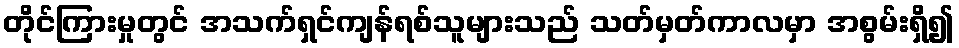
တိုင်ကြားမှုတွင် အသက်ရှင်ကျန်ရစ်သူများသည် သတ်မှတ်ကာလမှာ အစွမ်းရှိ၍